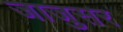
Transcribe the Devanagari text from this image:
जाजुसर